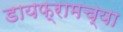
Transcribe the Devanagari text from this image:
डायफ्रामच्या